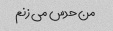
من حدس می زنم